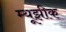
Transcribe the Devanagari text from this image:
म्यूझीक